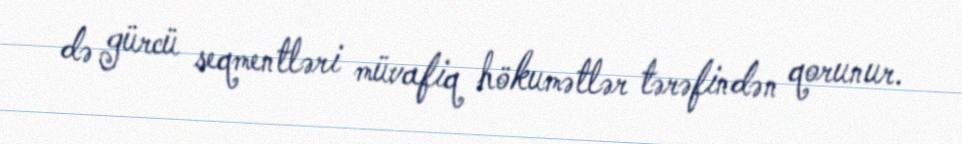
də gürcü seqmentləri müvafiq hökumətlər tərəfindən qorunur.